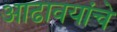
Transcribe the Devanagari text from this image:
आढावयांचे